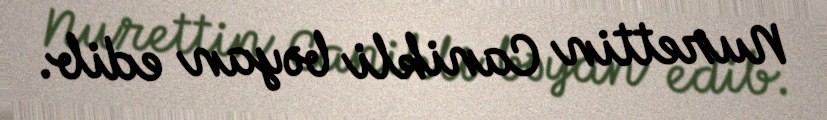
Nurettin Canikli bəyan edib.